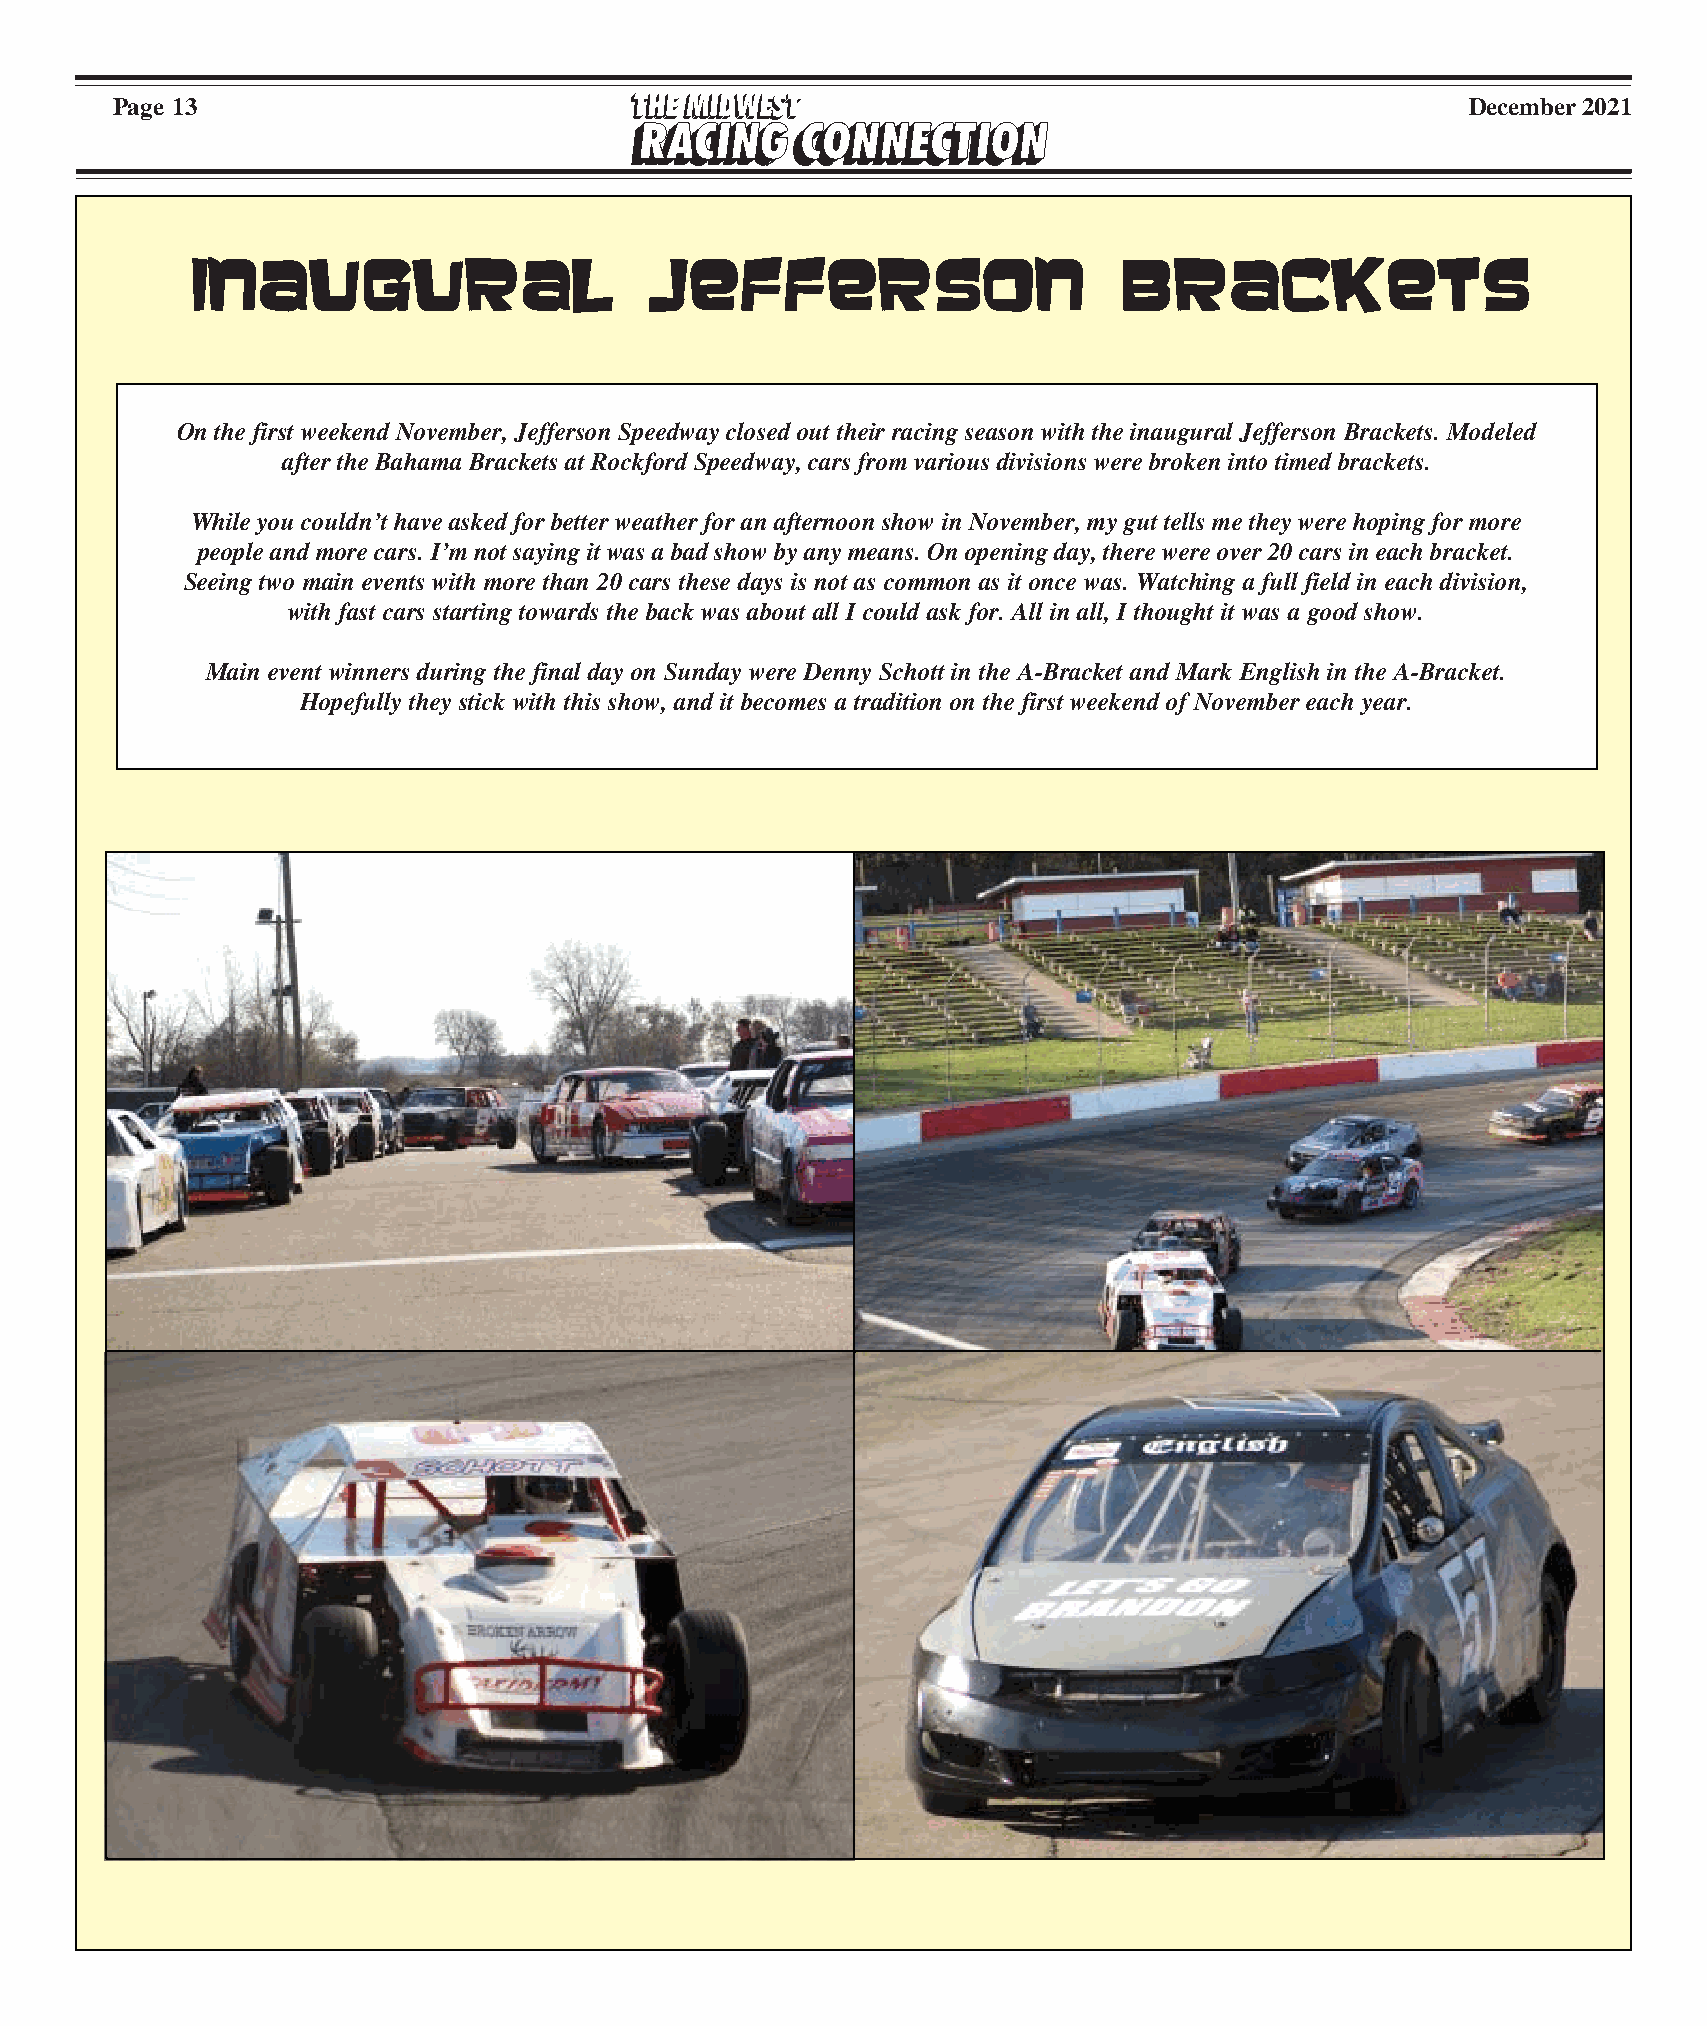
Page 13                                                                                   December 2021
 IIIIInnnnnaaaaauuuuuggggguuuuurrrrraaaaalllll JJJJJeeeeeffffffffffeeeeerrrrrsssssooooonnnnn BBBBBrrrrraaaaaccccckkkkkeeeeetttttsssss
 On the first weekend November, Jefferson Speedway closed out their racing season with the inaugural Jefferson Brackets. Modeled
 after the Bahama Brackets at Rockford Speedway, cars from various divisions were broken into timed brackets.
 While you couldn’t have asked for better weather for an afternoon show in November, my gut tells me they were hoping for more
 people and more cars. I’m not saying it was a bad show by any means. On opening day, there were over 20 cars in each bracket.
 Seeing two main events with more than 20 cars these days is not as common as it once was. Watching a full field in each division,
 with fast cars starting towards the back was about all I could ask for. All in all, I thought it was a good show.
 Main event winners during the final day on Sunday were Denny Schott in the A-Bracket and Mark English in the A-Bracket.
 Hopefully they stick with this show, and it becomes a tradition on the first weekend of November each year.